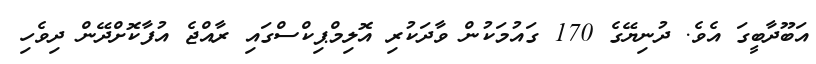
އަބޫދާބީގަ އެވެ. ދުނިޔޭގެ 170 ގައުމަކުން ވާދަކުރި އޮލިމްޕިކްސްގައި ރާއްޖެ އުފާކޮށްދޭން ދިވެހި